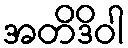
အတိဒိဝါ